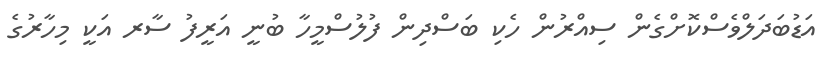
އަޑުބަދަލްވެސްކޮށްގެން ސިއްރުން ހެކި ބަސްދިން ފުލުސްމީހާ ބުނީ އަރީފު ސާރ އަކީ މިހާރުގެ